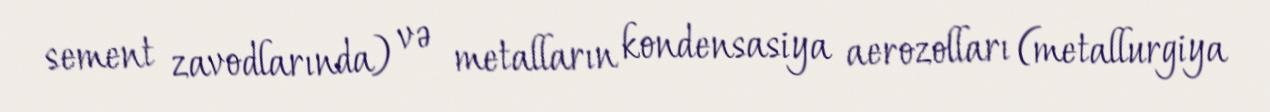
sement zavodlarında) və metalların kondensasiya aerozolları (metallurgiya